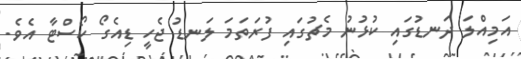
އަމިއްލަ ދަނޑުގައި ކުޅުނު މެޗުގައި ފުރަތަމަ ލަނޑު ޖެހީ ޑިއެގޯ ކޯސްޓާ އެވެ.